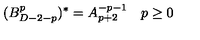
( B _ { D - 2 - p } ^ { p } ) ^ { * } = A _ { p + 2 } ^ { - p - 1 } \quad p \ge 0